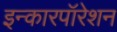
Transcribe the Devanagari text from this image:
इन्कारपॉरेशन